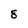
Character: 8